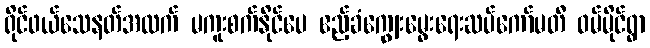
ရိုင်ဖယ်သေနတ်အလက် မကူးစက်နိုင်ပေ ဧည့်ခံကျွေးမွေးရေးဆပ်ကော်မတီ ဝမ်မိုင်ရွာ